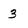
Character: 3